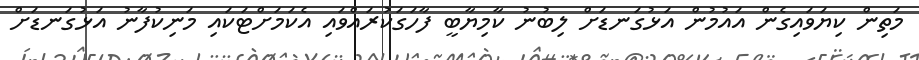
މަތިން ކިޔަވައިގެން އައުމުން އަޅުގަނޑަށް ލިބުނު ކާމިޔާބީ ފާހަގަކުރައްވައި އެކަމަށްޓަކައި މަނިކުފާނު އަޅުގަނޑަށް